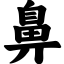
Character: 鼻